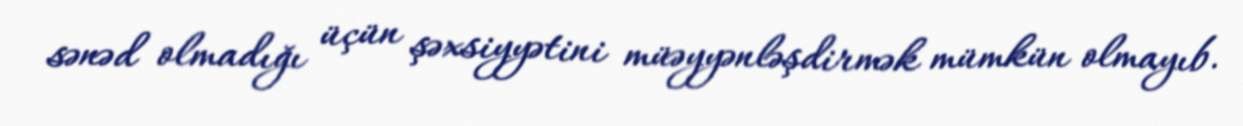
sənəd olmadığı üçün şəxsiyyətini müəyyənləşdirmək mümkün olmayıb.